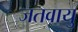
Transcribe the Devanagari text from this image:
जतवायु